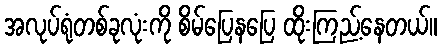
အလုပ်ရုံတစ်ခုလုံးကို စိမ်ပြေနပြေ ထိုးကြည့်နေတယ်။